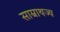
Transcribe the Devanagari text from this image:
साम्राथज्य